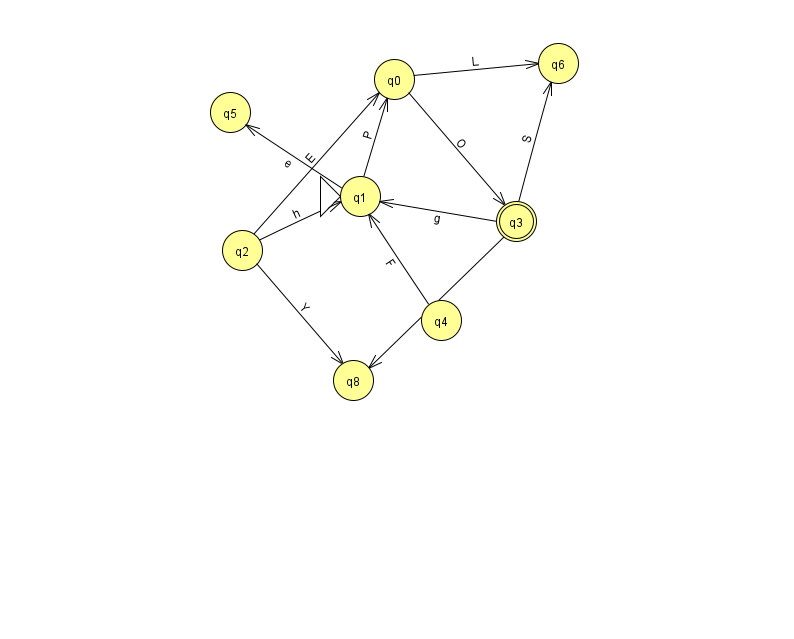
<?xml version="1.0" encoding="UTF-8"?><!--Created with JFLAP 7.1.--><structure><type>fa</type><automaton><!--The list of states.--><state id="0" name="q0"><x>394.0</x><y>66.0</y></state><state id="1" name="q1"><x>360.0</x><y>183.0</y><initial/></state><state id="2" name="q2"><x>242.0</x><y>237.0</y></state><state id="3" name="q3"><x>516.0</x><y>208.0</y><final/></state><state id="4" name="q4"><x>441.0</x><y>307.0</y></state><state id="5" name="q5"><x>230.0</x><y>99.0</y></state><state id="6" name="q6"><x>558.0</x><y>50.0</y></state><state id="8" name="q8"><x>353.0</x><y>367.0</y></state><!--The list of transitions.--><transition><from>0</from><to>6</to><read>L</read></transition><transition><from>1</from><to>5</to><read>e</read></transition><transition><from>3</from><to>8</to><read>X</read></transition><transition><from>2</from><to>0</to><read>E</read></transition><transition><from>2</from><to>1</to><read>h</read></transition><transition><from>3</from><to>6</to><read>S</read></transition><transition><from>0</from><to>3</to><read>O</read></transition><transition><from>3</from><to>1</to><read>g</read></transition><transition><from>1</from><to>0</to><read>P</read></transition><transition><from>2</from><to>8</to><read>Y</read></transition><transition><from>4</from><to>1</to><read>F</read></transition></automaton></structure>